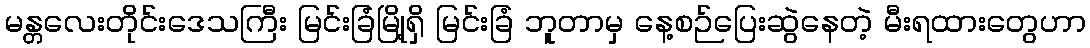
မန္တလေးတိုင်းဒေသကြီး မြင်းခြံမြို့ရှိ မြင်းခြံ ဘူတာမှ နေ့စဉ်ပြေးဆွဲနေတဲ့ မီးရထားတွေဟာ